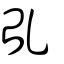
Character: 乨